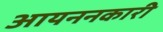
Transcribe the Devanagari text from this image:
आयननकारी